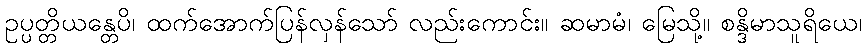
ဥပ္ပတ္တိယန္တေပိ၊ ထက်အောက်ပြန်လှန်သော် လည်းကောင်း။ ဆမာမံ၊ မြေသို့။ စန္ဒိမာသူရိယေ၊